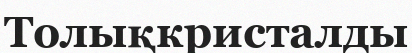
Толықкристалды